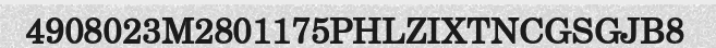
4908023M2801175PHLZIXTNCGSGJB8